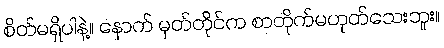
စိတ်မရှိပါနဲ့။ နောက် မှတ်တိုင်က စာတိုက်မဟုတ်သေးဘူး။